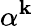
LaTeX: \alpha^{\mathbf{k}}